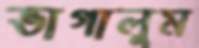
ভাগালুম